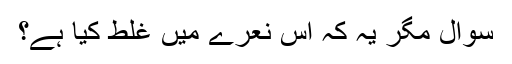
سوال مگر یہ کہ اِس نعرے میں غلط کیا ہے؟